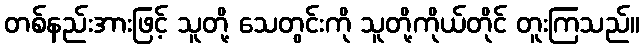
တစ်နည်းအားဖြင့် သူတို့ သေတွင်းကို သူတို့ကိုယ်တိုင် တူးကြသည်။